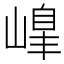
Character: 𡻇